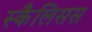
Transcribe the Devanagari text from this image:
स्कैलिसस